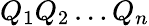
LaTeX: Q_{1}Q_{2}\dots Q_{n}